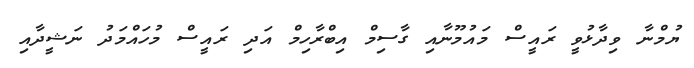
ޔުމްނާ ވިދާޅުވީ ރައީސް މައުމޫނާއި ގާސިމް އިބްރާހިމް އަދި ރައީސް މުހައްމަދު ނަޝީދާއި